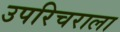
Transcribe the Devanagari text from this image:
उपरिचराला